Senior Leaving Certificate Examination (including Day School Certificate (Higher) General paper), 1950
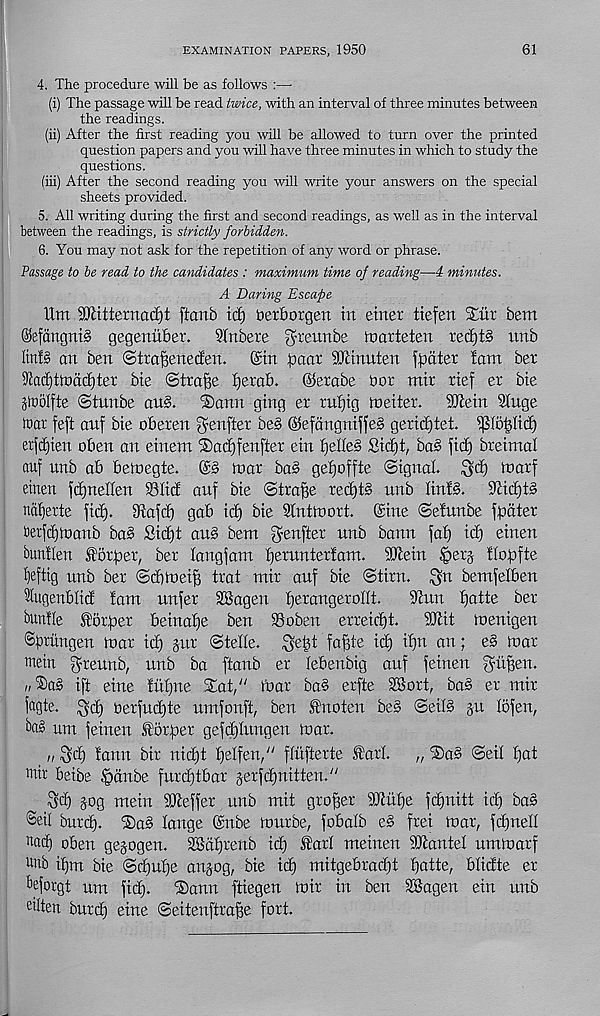
EXAMINATION PAPERS, 1950
61
4. The procedure will be as follows
(i) The passage will be read twice, with an interval of three minutes between
the readings.
(ii) After the first reading you will be allowed to turn over the printed
question papers and you will have three minutes in which to study the
questions.
(iii) After the second reading you will write your answers on the special
sheets provided.
5. All writing during the first and second readings, as well as in the interval
between the readings, is strictly forbidden.
6. You may not ask for the repetition of any word or phrase.
Passage to be read to the candidates : maximum time of reading—4 minutes.
A Daring Escape
itm SDlitternacfjt ftanb icf) derborgen in einer tiefen Stiir bem
®efangnt§ gegenuber.
Wnbere ^teunbe toarteten tecf)t§ imb
Iinf§ an ben (Sttafjenecfen.
@in paat SJlinuten fydter fam bet
%atf)tlt)abf)ter bte (Strafe ijerab.
^erabe dor mir rtef er bte
glddlfte (Stunbe an§.
©ann ging er ruf)tg meiter.
SD'iein Singe
toar feft anf bte oberen genfter be§ ©efdngnifjeg geric£)tet. ^Ibbltci)
erjdjten oben an etnem 'Satfjfenfter ein i)elle§ Si(^t, ba§ jtd) breimal
auf unb ab beloegte. (B toar ba§ geijoffte (Signal. $cf) toarf
einen j^nellen SSIid anf bie Strafe red)t§ unb linS. ^id)t§
nafjerte fic§. Slaftf) gab id) bie Slnttoort. ©ine Sefunbe fbdter
t)erjd)toanb ba§ Sic^t au£ bent
unb bann fai) id) einen
bunilen former, ber langfam f)erunter!am. SJlein |)er§ flopfte
fjeftig unb ber Sd)toei^ trat mir auf bie Stirn. $n bentfelben
5lugenblid !ant unfer SSagen fjerangerollt.
Sinn fjatte ber
buuiie St'onper beinaf)e ben 93oben erreidjt.
33lit toenigen
©btitngen roar id) §ur ©telle, ^etjt fa^te id) if)n an; e§ toar
mein $reunb, unb ba ftanb er lebenbig auf feinen ^tt^en.
n ®a§ ift eine tidjite %at/' tbar ba§ erfte SSort, bas er mir
iogte. ^d) derfud)te umfonft, ben Inoten be§ SeiB §u lofen,
ba§ um feinen lorper gefd)tungen roar.
n ^d) tann bir nid)t fjelfen/' flufterte lari.
„ ®a^ Seil I)at
mir beibe §dnbe furd)tbar §erfd)nitten."
§og mein SJteffer unb mit grower S}tuf)e fd^nitt id) ba§
Sri! burd). ®a§ lange ©nbe tourbe, fobalb e§> frei toar, fd)nell
t mcf) oben gegogen. SSdljrenb id) lari meinen SJtantel umtoarf
u hb i^m bie Sd)ut)e angog, bie id) mitgebradjt fyatte, blidte er
beforgt um fid).
'Sann ftiegen toir in ben SSagen ein unb
eilten burd) eine Seiteuftrape fort.